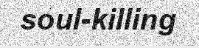
soul-killing